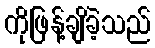
ကိုဖြန့်ချိခဲ့သည်